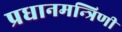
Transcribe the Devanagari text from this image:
प्रधानमन्त्रिणी